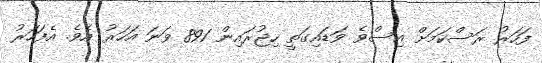
ފަހަރު ރަސްކަމަށް އިސްވެ ވަޑައިގަތީ ހިޖުރައިން 891 ވަނަ އަހަރު އެވެ. އެފަހަރު